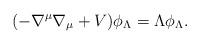
LaTeX: \begin{align*} (-\nabla^\mu\nabla_\mu+V)\phi_\Lambda=\Lambda \phi_\Lambda.\end{align*}